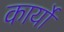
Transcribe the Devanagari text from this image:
कार्याें